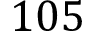
1 0 5